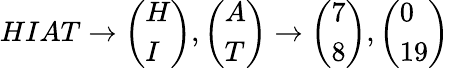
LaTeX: HIAT\to{\left(\begin{array}{l}{H}\\ {I}\end{array}\right)},{\left(\begin{array}{l}{A}\\ {T}\end{array}\right)}\to{\left(\begin{array}{l}{7}\\ {8}\end{array}\right)},{\left(\begin{array}{l}{0}\\ {19}\end{array}\right)}